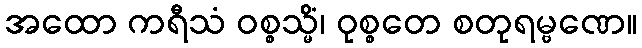
အထော ကရီသံ ဝစ္စသ္မိံ၊ ဝုစ္စတေ စတုရမ္ဗဏေ။